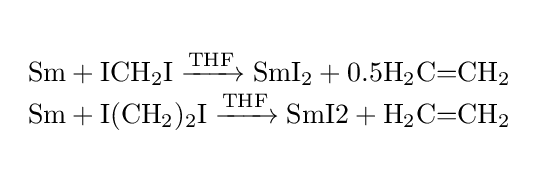
{\begin{array}{cl}{}\\{{\text{Sm}}{}+{}\mathrm {ICH} {\vphantom {A}}_{\smash[{t}]{2}}\mathrm {I} {}\mathrel {\xrightarrow {\mathrm {THF} } } {}\mathrm {SmI} {\vphantom {A}}_{\smash[{t}]{2}}}+0.5{\mathrm {H} {\vphantom {A}}_{\smash[{t}]{2}}\mathrm {C} {=}\mathrm {CH} {\vphantom {A}}_{\smash[{t}]{2}}}\\{{\text{Sm}}{}+{}\mathrm {I} (\mathrm {CH} {\vphantom {A}}_{\smash[{t}]{2}}){\vphantom {A}}_{\smash[{t}]{2}}\mathrm {I} {}\mathrel {\xrightarrow {\mathrm {THF} } } {}{\text{SmI2}}{}+{}\mathrm {H} {\vphantom {A}}_{\smash[{t}]{2}}\mathrm {C} {=}\mathrm {CH} {\vphantom {A}}_{\smash[{t}]{2}}}\\{}\end{array}}